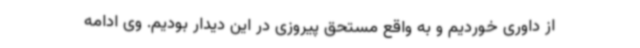
از داوری خوردیم و به واقع مستحق پیروزی در این دیدار بودیم. وی ادامه